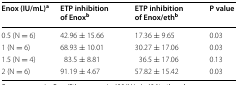
| Enox (IU/mL)a | ETP inhibition of Enoxb | ETP inhibition of Enox/ethb | P value |
 | --- | --- | --- | --- |
 | 0.5 (N = 6) | 42.96 ± 15.66 | 17.36 ± 9.65 | 0.03 |
 | 1 (N = 6) | 68.93 ± 10.01 | 30.27 ± 17.06 | 0.03 |
 | 1.5 (N = 4) | 83.5 ± 8.81 | 36.5 ± 17.06 | 0.13 |
 | 2 (N = 6) | 91.19 ± 4.67 | 57.82 ± 15.42 | 0.03 |